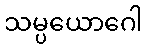
သမ္ပယောဂေါ